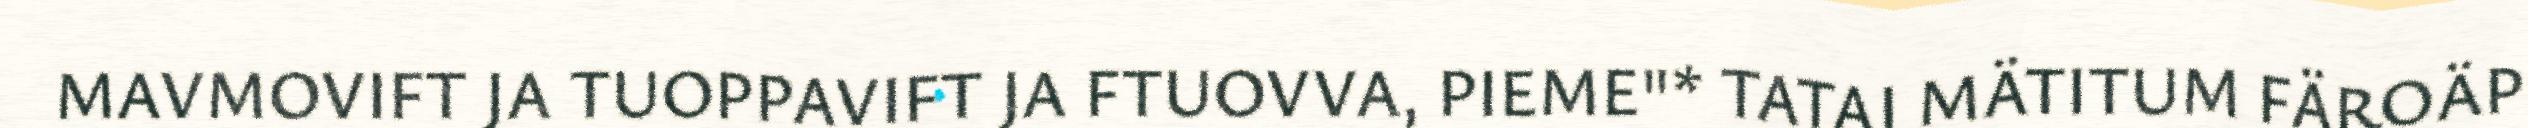
MAVMOVIFT JA TUOPPAVIFT JA FTUOVVA, PIEME"* TATAI MÄTITUM FÄROÄP